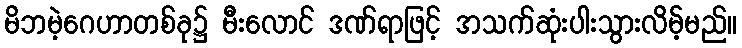
မိဘမဲ့ဂေဟာတစ်ခု၌ မီးလောင် ဒဏ်ရာဖြင့် အသက်ဆုံးပါးသွားလိမ့်မည်။